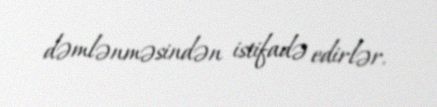
dəmlənməsindən istifadə edirlər.